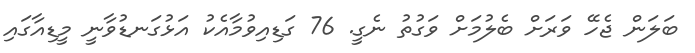
ބަލަން ޖެހޭ ވަރަށް ބެލުމަށް ވަގުތު ނެގީ. 76 ގަޑިއިވުމާއެކު އަޅުގަނޑުވާނީ މީޑިއާގައި